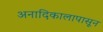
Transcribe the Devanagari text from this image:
अनादिकालापासून